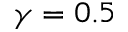
\gamma = 0 . 5